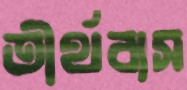
তীর্থবাস